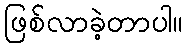
ဖြစ်လာခဲ့တာပါ။